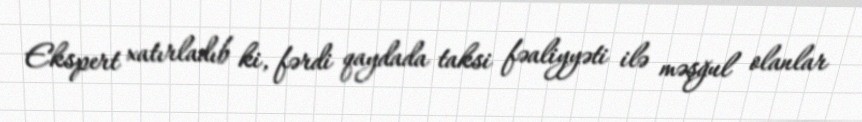
Ekspert xatırladıb ki, fərdi qaydada taksi fəaliyyəti ilə məşğul olanlar